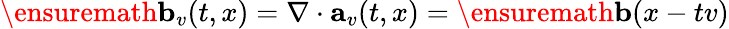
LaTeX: \ensuremath{\mathbf{b}}_{v}(t,x)=\nabla\cdot\mathbf{a}_{v}(t,x)=\ensuremath{\mathbf{b}}(x-tv)